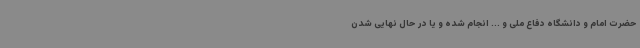
حضرت امام و دانشگاه دفاع ملی و ... انجام شده و یا در حال نهایی شدن